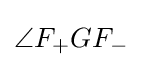
\angle F_{+}GF_{-}